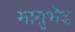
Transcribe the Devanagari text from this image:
मातृभेद